Lunatic asylums Central Provinces reports 1895-1909 - 1895-1909
Year: 1895
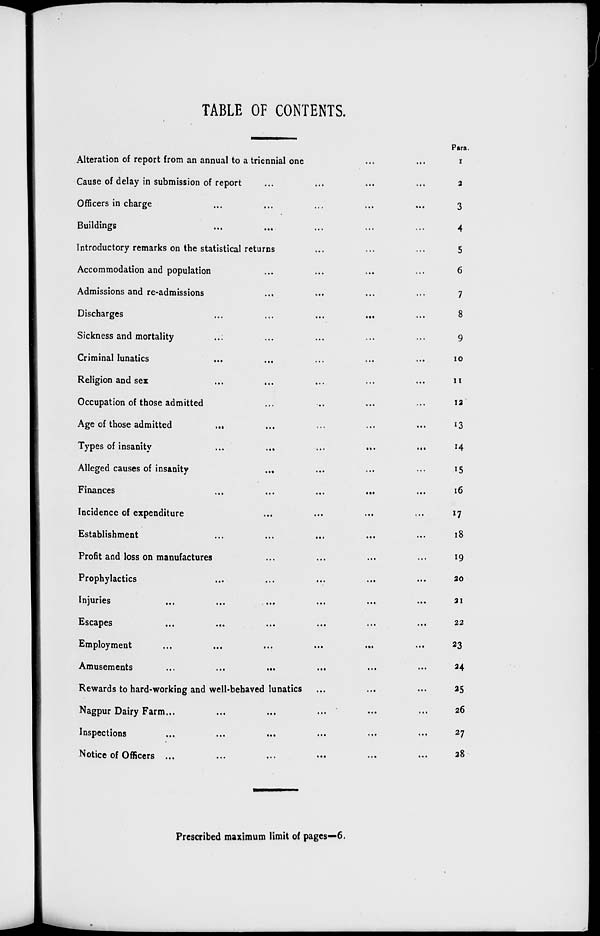
TABLE OF CONTENTS.
Alteration of report from an annual to a triennial one
Cause of delay in submission of report... ...
Officers in charge ... ... ... ... ...
Buildings
...
...
...
...
...
Introductory remarks on the statistical returns... ... ...
Accommodation and population... ... ... ...
Admissions and re-admissions... ... ... ...
Discharges... ... ... ... ... ...
Sickness and mortality... ... ... ...
Criminal lunatics... ... ... ...
Religion and sex ... ... ... ...
Occupation of those admitted ... ... ... ...
Age of those admitted ... ... ... ...
Types of insanity... ... ... ...
Alleged causes of insanity
...
...
...
Finances
...
...
...
...
Incidence of expenditure... ... ... ...
Establishment ... ... ... ...
Profit and loss on manufactures... ... ...
Prophylactics... ... ... ...
Injuries... ... ... ... ... ... ...
Escapes... ... ... ... ... ... ...
Employment... ... ... ... ... ... ...
Amusements... ... ... ... ... ... ...
Rewards to hard-working and well-behaved lunatics... ... ... ...
Nagpur Dairy Farm... ... ... ... ... ... ...
Inspections... ... ... ... ... ... ...
Notice of Officers ... ... ... ... ... ... ...
Para.
1
2
3
4
5
6
7
8
9
10
11
12
13
14
15
16
17
18
19
20
21
22
23
24
25
26
27
28
Prescribed maximum limit of pages—6.